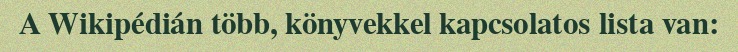
A Wikipédián több, könyvekkel kapcsolatos lista van: